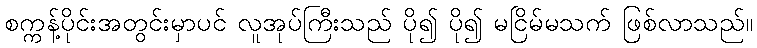
စက္ကန့်ပိုင်းအတွင်းမှာပင် လူအုပ်ကြီးသည် ပို၍ ပို၍ မငြိမ်မသက် ဖြစ်လာသည်။